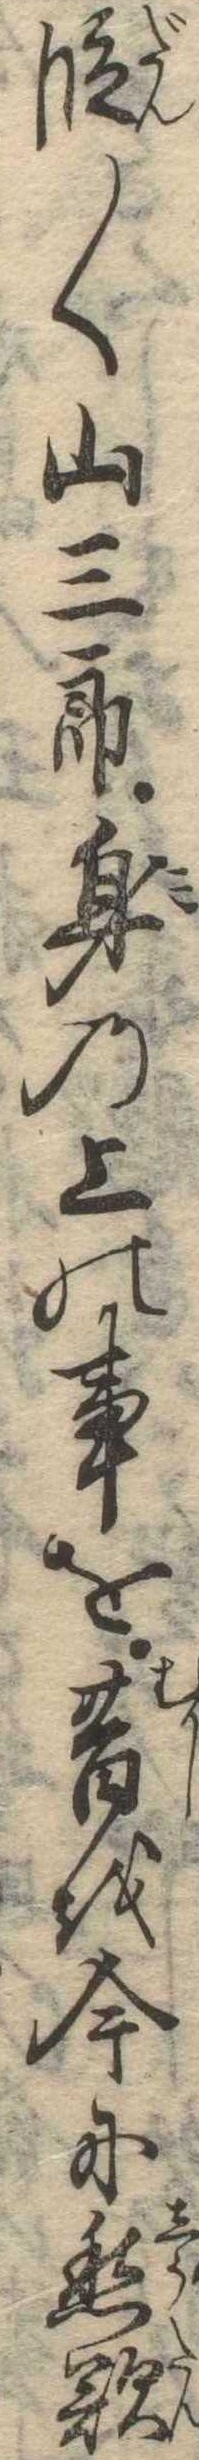
段〱山三郎身の上の事を昔を今に愁歎